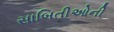
સાબિતીઓની